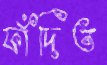
ফাঁদিত